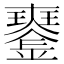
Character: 𤫍